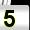
Digit: 5